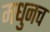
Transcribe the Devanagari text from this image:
मधुनच